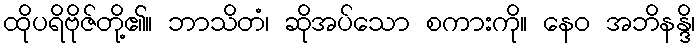
ထိုပရိဗိုဇ်တို့၏။ ဘာသိတံ၊ ဆိုအပ်သော စကားကို။ နေဝ အဘိနန္ဒိ၊